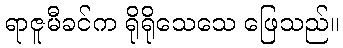
ရာဇူမီခင်က ရိုရိုသေသေ ဖြေသည်။